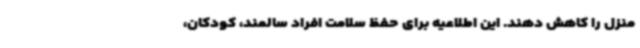
منزل را کاهش دهند. این اطلاعیه برای حفظ سلامت افراد سالمند، کودکان،